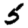
Digit: 5